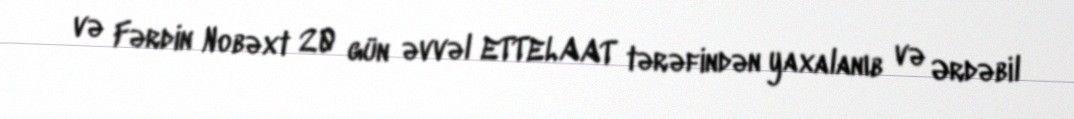
və Fərdin Nobəxt 20 gün əvvəl ETTELAAT tərəfindən yaxalanıb və Ərdəbil